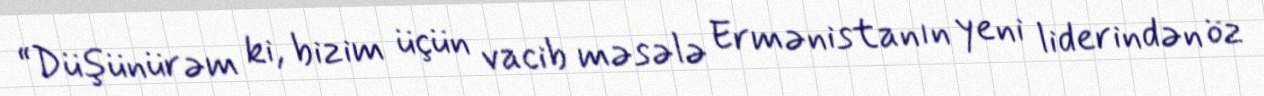
“Düşünürəm ki, bizim üçün vacib məsələ Ermənistanın yeni liderindən öz